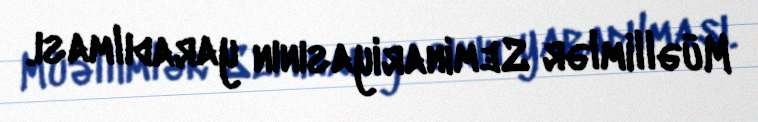
Müəllimlər Seminariyasının yaradılması.